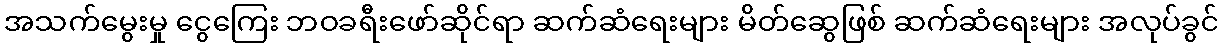
အသက်မွေးမှု ငွေကြေး ဘဝခရီးဖော်ဆိုင်ရာ ဆက်ဆံရေးများ မိတ်ဆွေဖြစ် ဆက်ဆံရေးများ အလုပ်ခွင်